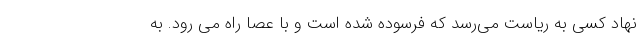
نهاد کسی به ریاست می‌رسد که فرسوده شده است و با عصا راه می رود. به